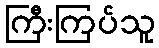
ကြီးကြပ်သူ